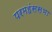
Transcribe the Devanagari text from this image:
परमहंससभा